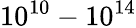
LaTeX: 10^{10}-10^{14}